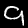
Digit: 9